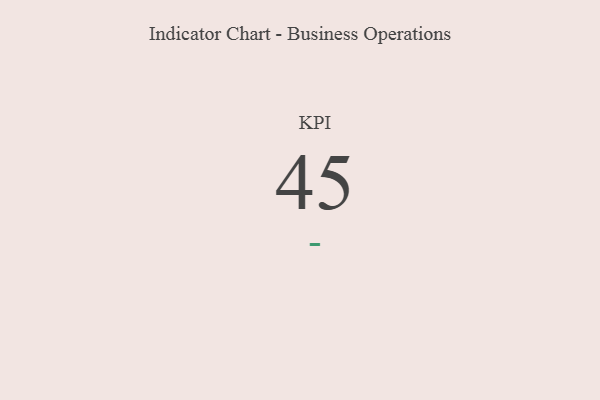
{"axis": {"x": "KPI", "y": "Value"}, "legend": [""], "data": [{"x": "KPI", "y": 45, "type": ""}]}